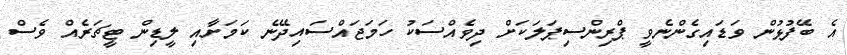
އެ ބޭފުޅުން ވަޑައިގެންނެވީ ޕްރިންސިޕަލަކަށް ދިވެއްސަކު ހަމަޖައްސައިދޭނެ ކަމަށާއި ލީޑިން ޓީޗަރެއް ވެސް